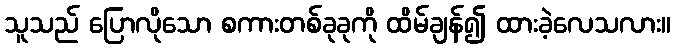
သူသည် ပြောလိုသော စကားတစ်ခုခုကို ထိမ်ချန်၍ ထားခဲ့လေသလား။